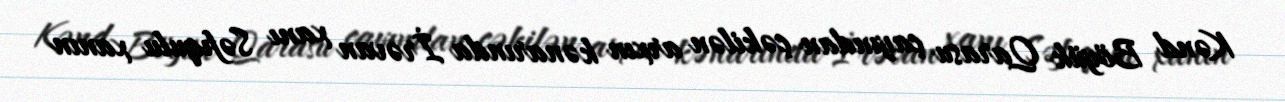
Kənd Böyük Qarasu çayından çəkilən arxın kənarında İrəvan xanı Səfıqulu xanın